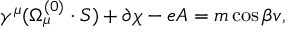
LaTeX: \gamma ^ { \mu } ( \Omega _ { \mu } ^ { ( 0 ) } \cdot S ) + \partial \chi - e A = m \cos { \beta } v ,